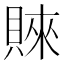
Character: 𧶛